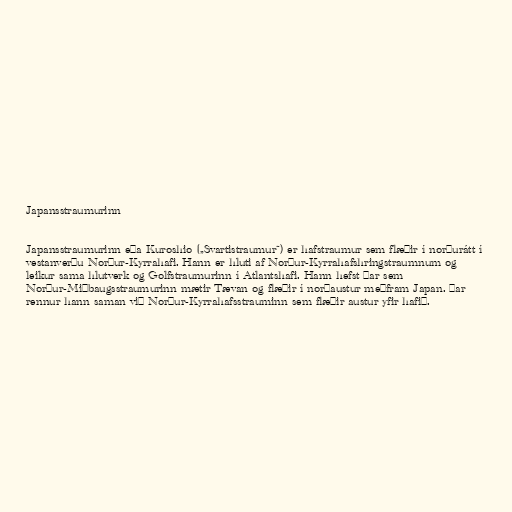
Japansstraumurinn

Japansstraumurinn eða Kuroshio („Svartistraumur“) er hafstraumur sem flæðir í norðurátt í
vestanverðu Norður-Kyrrahafi. Hann er hluti af Norður-Kyrrahafshringstraumnum og
leikur sama hlutverk og Golfstraumurinn í Atlantshafi. Hann hefst þar sem
Norður-Miðbaugsstraumurinn mætir Tævan og flæðir í norðaustur meðfram Japan. Þar
rennur hann saman við Norður-Kyrrahafsstrauminn sem flæðir austur yfir hafið.